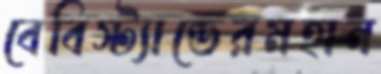
বেবিস্ট্যান্ডেরমহান